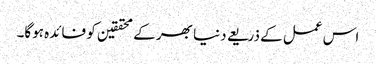
اس عمل کے ذریعے دنیا بھر کے محققین کو فائدہ ہوگا۔